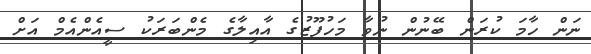
ނަން ހާމަ ކުރަން ބޭނުން ނުވާ މަހުފޫޒުގެ އާއިލާގެ މެންބަރަކު ސީއެންއެމް އަށް